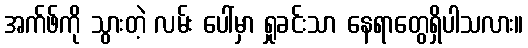
အက်ဖ်ကို သွားတဲ့ လမ်း ပေါ်မှာ ရှုခင်းသာ နေရာတွေရှိပါသလား။